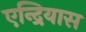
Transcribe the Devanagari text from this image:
एन्द्रियास